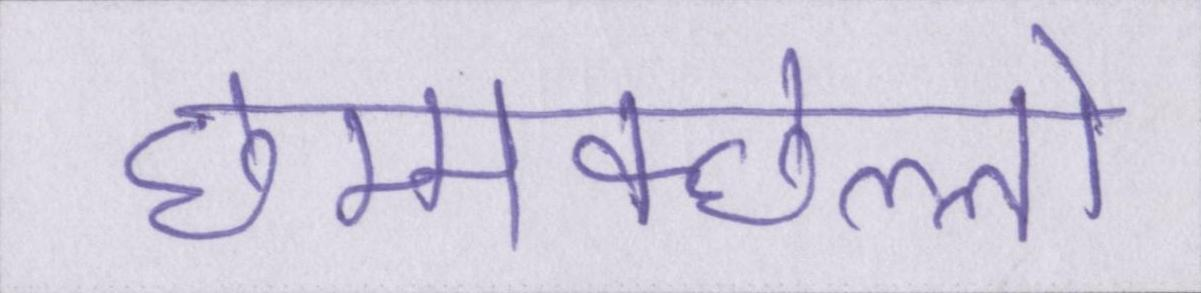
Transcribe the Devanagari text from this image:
छम्मक्छल्लो